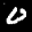
Label: 0